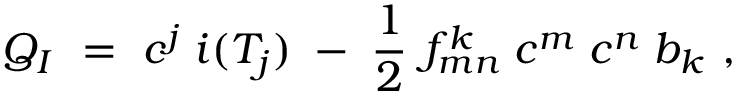
Q _ { I } \ = \ c ^ { j } \; i ( T _ { j } ) \; - \; \frac 1 2 \ f _ { m n } ^ { k } \; c ^ { m } \; c ^ { n } \; b _ { k } \ ,